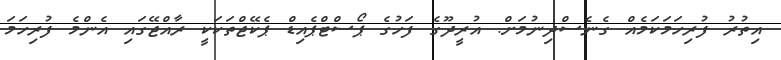
އިތުރު ފުރިހަމަކަމެއް ގެނެސްދިނުމަށް. އުރީދޫގެ ފަހުގެ ޕޯސްޓްޕެއިޑް ޕެކޭޖްތަކަކީ ރާއްޖޭގައި އެންމެ ފުރިހަމަ